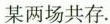
某两场共存。